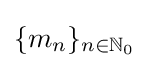
\{m_{n}\}_{n\in \mathbb {N} _{0}}